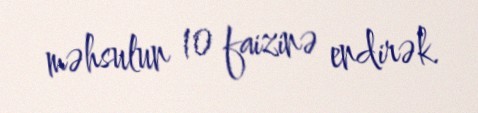
məhsulun 10 faizinə endirək.